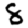
Digit: 8